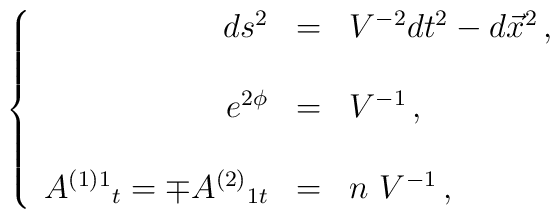
\left\{\begin{array}{rcl}ds^{2} & = & V^{-2}dt^{2} -d\vec{x}^{2}\, , \\& & \\e^{2\phi} & = & V^{-1}\, ,\\& & \\A^{(1)1}{}_{t} = \mp A^{(2)}{}_{1t} & = & n\ V^{-1}\, ,\\\end{array}\right.